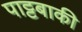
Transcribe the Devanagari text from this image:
पाट्टबाकी